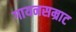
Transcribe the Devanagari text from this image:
गायनसम्राट